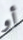
أو